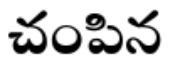
చంపిన